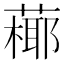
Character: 𦽶